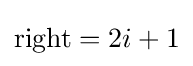
{\text{right}}=2i+1